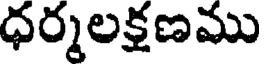
ధర్మలక్షణము